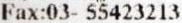
FAX:03- 55423213